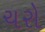
ચરો